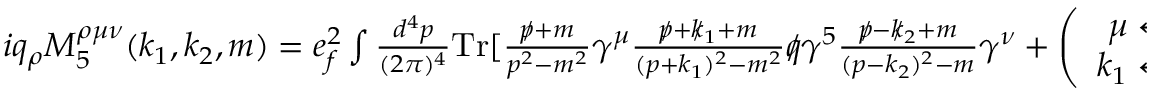
\begin{array} { r } { i q _ { \rho } M _ { 5 } ^ { \rho \mu \nu } ( k _ { 1 } , k _ { 2 } , m ) = e _ { f } ^ { 2 } \int \frac { d ^ { 4 } p } { ( 2 \pi ) ^ { 4 } } \mathrm { { T r } } [ \frac { p \! \! \! / + m } { p ^ { 2 } - m ^ { 2 } } \gamma ^ { \mu } \frac { p \! \! \! / + k \! \! \! / _ { 1 } + m } { ( p + k _ { 1 } ) ^ { 2 } - m ^ { 2 } } q \! \! \! / \gamma ^ { 5 } \frac { p \! \! \! / - k \! \! \! / _ { 2 } + m } { ( p - k _ { 2 } ) ^ { 2 } - m } \gamma ^ { \nu } + \left( \begin{array} { c } { \mu \leftrightarrow \nu } \\ { k _ { 1 } \leftrightarrow k _ { 2 } } \end{array} \right) ] . } \end{array}